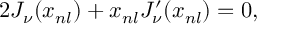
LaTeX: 2 J _ { \nu } ( x _ { n l } ) + x _ { n l } J _ { \nu } ^ { \prime } ( x _ { n l } ) = 0 ,